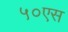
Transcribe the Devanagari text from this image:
५०एस